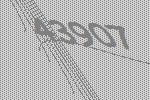
43907